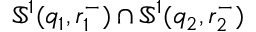
\mathbb { S } ^ { 1 } ( q _ { 1 } , r _ { 1 } ^ { - } ) \cap \mathbb { S } ^ { 1 } ( q _ { 2 } , r _ { 2 } ^ { - } )